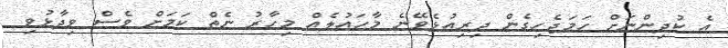
އެ ކުދިންނަށް ހަމަޖެހިގެން ދިރިއުޅެވޭނެ މާހައުލެއް މިހާރު ނެތް ކަމަށް ވެސް ވިދާޅުވި